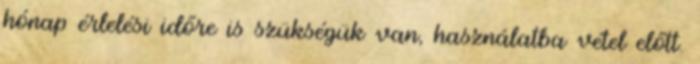
hónap érlelési időre is szükségük van, használatba vétel előtt.